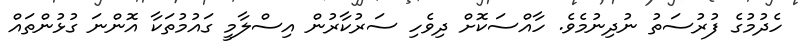
ހެދުމުގެ ފުރުސަތު ނުދިނުމެވެ. ހާއްސަކޮށް ދިވެހި ސަރުކާރުން އިސްލާމީ ގައުމުތަކާ އޮންނަ ގުޅުންތައް